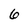
Character: 6